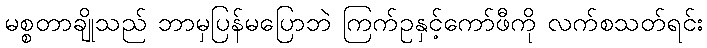
မစ္စတာချိုသည် ဘာမှပြန်မပြောဘဲ ကြက်ဥနှင့်ကော်ဖီကို လက်စသတ်ရင်း